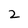
Character: 2